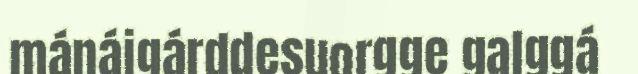
mánájgárddesuorgge galggá